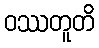
ဝဿတူတိ